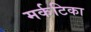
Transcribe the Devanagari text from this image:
मर्कटिका